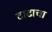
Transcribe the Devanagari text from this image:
टाटाचा